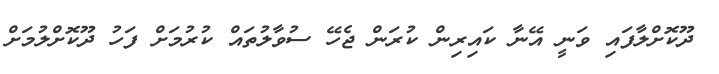
ދޫކޮށްލާފައި ވަނީ އޭނާ ކައިރިން ކުރަން ޖެހޭ ސުވާލުތައް ކުރުމަށް ފަހު ދޫކޮށްލުމަށް